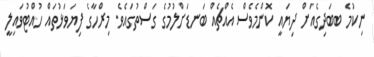
ނިކުމެ ބބަދިގެއަށް ދިޔައީ ކޮންމެވެސް އެއްޗެއް ބަނޑަށްލުމުގެ ގަސްތުގައެވެ. މިރްހާގެ ފިޔަވަޅުތައް ހުއްޓުވައިލީ